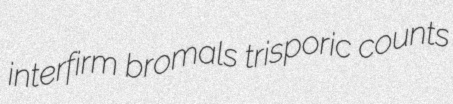
interfirm bromals trisporic counts